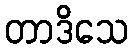
တာဒိသေ